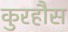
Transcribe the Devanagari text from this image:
कुरहौस